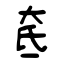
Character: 奃